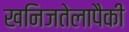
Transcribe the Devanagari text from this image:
खनिजतेलापैकी